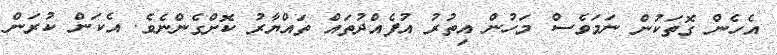
އެހެން ގޮތަކުން ނަމަވެސް މަހުން އިތުރު އުފެއްދުތައް ތައްޔާރު ކޮށްގެންނެވެ. އެކަން ކުރަން